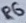
Text: Res1